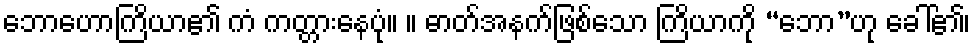
ဘောဟောကြိယာ၏ ကံ ကတ္တားနေပုံ။ ။ ဓာတ်အနက်ဖြစ်သော ကြိယာကို “ဘော”ဟု ခေါ်၏၊